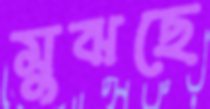
মুঝছে